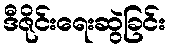
ဒီဇိုင်းရေးဆွဲခြင်း